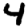
Digit: 4